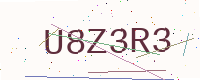
Text: U8Z3R3